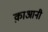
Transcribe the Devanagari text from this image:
क़ाआनी